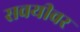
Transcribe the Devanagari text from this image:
सवयीवर